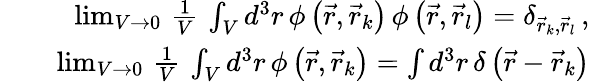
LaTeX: \begin{array}{rlr}&{}&{\operatorname*{lim}_{V\rightarrow 0}\, \frac{1}{V}\, \int_{V}d^{3}r\, \phi\left(\vec{r},\vec{r}_{k}\right)\, \phi\left(\vec{r},\vec{r}_{l}\right)=\delta_{\vec{r}_{k},\vec{r}_{l}}\, ,}\\ &{}&{\operatorname*{lim}_{V\rightarrow 0}\, \frac{1}{V}\, \int_{V}d^{3}r\, \phi\left(\vec{r},\vec{r}_{k}\right)=\int d^{3}r\, \delta\left(\vec{r}-\vec{r}_{k}\right)}\end{array}